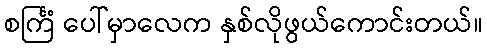
စင်္ကြံ ပေါ်မှာလေက နှစ်လိုဖွယ်ကောင်းတယ်။